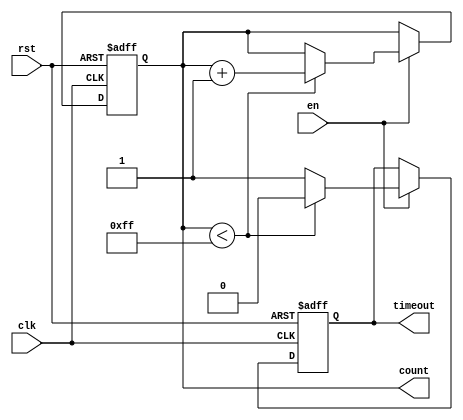
module TimeoutCounter #(
    parameter MAX_COUNT = 8'd255 // Configurable maximum count value (default 255)
)(
    input wire clk,              // Clock input
    input wire rst,              // Asynchronous reset input
    input wire en,               // Enable signal
    output reg [7:0] count,      // 8-bit count output
    output reg timeout           // Time-out signal
);

    // State declaration
    initial begin
        count = 8'd0;            // Initialize count to 0
        timeout = 1'b0;          // Initialize timeout to low
    end

    // Always block to implement the counter logic
    always @(posedge clk or posedge rst) begin
        if (rst) begin
            count <= 8'd0;        // Reset count to 0
            timeout <= 1'b0;      // Deassert timeout
        end else if (en) begin
            if (count < MAX_COUNT) begin
                count <= count + 1; // Increment count
                timeout <= 1'b0;     // Deassert timeout during counting
            end else begin
                timeout <= 1'b1;     // Assert timeout when max count is reached
            end
        end
    end

endmodule